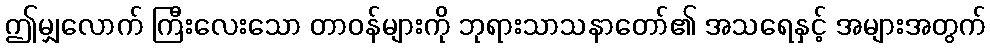
ဤမျှလောက် ကြီးလေးသော တာဝန်များကို ဘုရားသာသနာတော်၏ အသရေနှင့် အများအတွက်